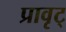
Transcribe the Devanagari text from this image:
प्रावृट्